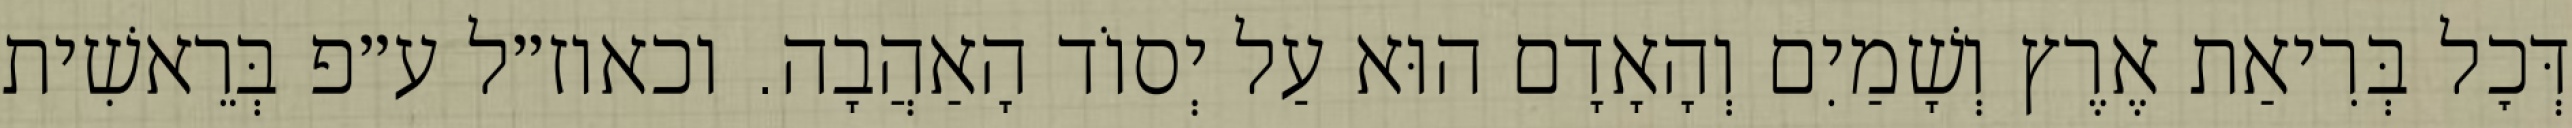
דְּכׇל בְּרִיאַת אֶרֶץ וְשָׁמַיִם וְהָאָדָם הוּא עַל יְסוֹד הָאַהֲבָה. וכאוז״ל ע״פ בְּרֵאשִׁית